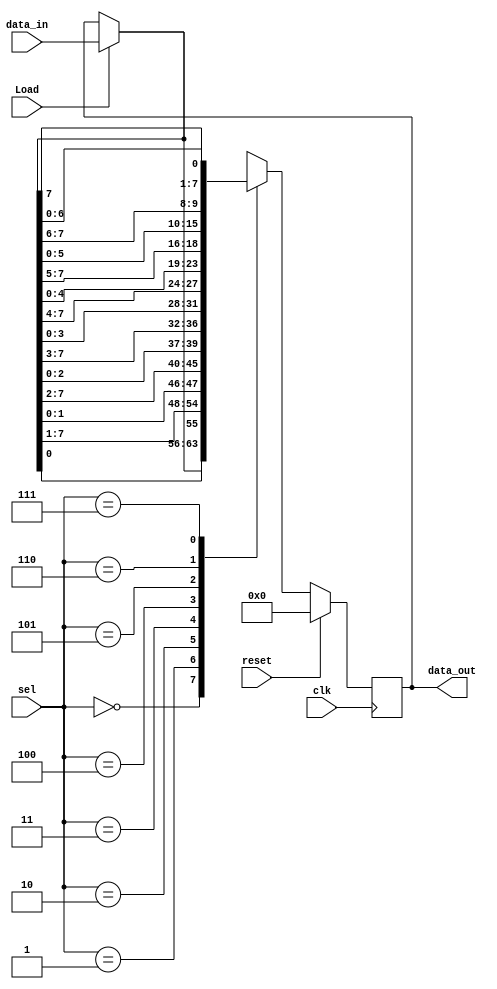
// Topic: 8-bit Barrel Shifter

module barrel
 #(parameter data_size = 8)    // data_size : 8-bit as default
  (input clk, reset, Load,
   input [log2(data_size)-1:0] sel,
   input [data_size-1:0] data_in,
   output reg [data_size-1:0] data_out
   );

//Parameterized data_size using "log2" function
function integer log2;
input [31:0] size;
for (log2 = 0; size > 1; log2 = log2 + 1)
   size = size >> 1;
endfunction

//Declare intermediate values of barrel shifter
wire [data_size-1:0] brl_in;
reg [data_size-1:0] brl_out; //[data_size-1:0]

//Multiplexing data_in or feedback from data_out
assign brl_in = Load? data_in : data_out;

always @ (posedge clk)
if (reset)
  data_out <= 8'd0;
else
  data_out <= brl_out;

always @ (sel, brl_in)
case (sel)
3'd0: brl_out = brl_in;
3'd1: brl_out = {brl_in[0], brl_in[7:1]};
3'd2: brl_out = {brl_in[1:0], brl_in[7:2]};
3'd3: brl_out = {brl_in[2:0], brl_in[7:3]};
3'd4: brl_out = {brl_in[3:0], brl_in[7:4]};
3'd5: brl_out = {brl_in[4:0], brl_in[7:5]};
3'd6: brl_out = {brl_in[5:0], brl_in[7:6]};
3'd7: brl_out = {brl_in[6:0], brl_in[7]};
default: brl_out = brl_in;
endcase

endmodule